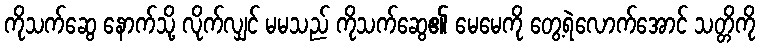
ကိုသက်ဆွေ နောက်သို့ လိုက်လျှင် မမသည် ကိုသက်ဆွေ၏ မေမေကို တွေ့ရဲလောက်အောင် သတ္တိကို